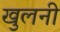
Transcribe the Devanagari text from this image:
खुलनी